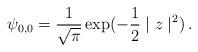
LaTeX: \begin{align*}\psi_{0,0} = {1 \over \sqrt{\pi}}\exp(-{1 \over 2}\mid z \mid^2)\,.\end{align*}